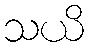
သယိ